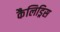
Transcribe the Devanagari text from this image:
कैलिड्रिस